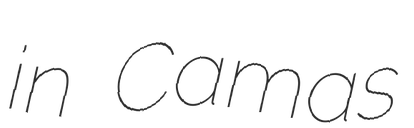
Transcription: in Camas